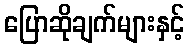
ပြောဆိုချက်များနှင့်